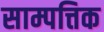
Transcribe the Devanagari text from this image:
साम्पत्तिक